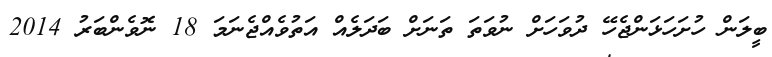
ބީލަން ހުށަހަޅަންޖެހޭ ދުވަހަށް ނުވަތަ ތަނަށް ބަދަލެއް އަތުވެއްޖެނަމަ 18 ނޮވެންބަރު 2014